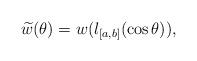
LaTeX: \begin{align*}\widetilde{w}(\theta)=w(l_{[a,b]}(\cos\theta)),\end{align*}